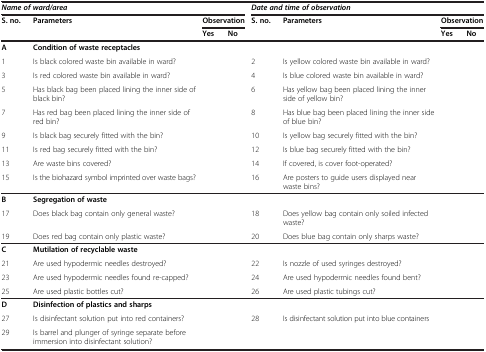
<table><thead><tr><td colspan="4"><b><i>Name of ward/area</i></b></td><td colspan="4"><b><i>Date and time of observation</i></b></td></tr><tr><td rowspan="2"><b>S. no.</b></td><td rowspan="2"><b>Parameters</b></td><td colspan="2"><b>Observation</b></td><td rowspan="2"><b>S. no.</b></td><td rowspan="2"><b>Parameters</b></td><td colspan="2"><b>Observation</b></td></tr><tr><td><b>Yes</b></td><td><b>No</b></td><td><b>Yes</b></td><td><b>No</b></td></tr></thead><tbody><tr><td><b>A</b></td><td><b>Condition of waste receptacles</b></td><td> </td><td> </td><td> </td><td> </td><td> </td><td> </td></tr><tr><td>1</td><td>Is black colored waste bin available in ward?</td><td> </td><td> </td><td>2</td><td>Is yellow colored waste bin available in ward?</td><td> </td><td> </td></tr><tr><td>3</td><td>Is red colored waste bin available in ward?</td><td> </td><td> </td><td>4</td><td>Is blue colored waste bin available in ward?</td><td> </td><td> </td></tr><tr><td>5</td><td>Has black bag been placed lining the inner side of black bin?</td><td> </td><td> </td><td>6</td><td>Has yellow bag been placed lining the inner side of yellow bin?</td><td> </td><td> </td></tr><tr><td>7</td><td>Has red bag been placed lining the inner side of red bin?</td><td> </td><td> </td><td>8</td><td>Has blue bag been placed lining the inner side of blue bin?</td><td> </td><td> </td></tr><tr><td>9</td><td>Is black bag securely fitted with the bin?</td><td> </td><td> </td><td>10</td><td>Is yellow bag securely fitted with the bin?</td><td> </td><td> </td></tr><tr><td>11</td><td>Is red bag securely fitted with the bin?</td><td> </td><td> </td><td>12</td><td>Is blue bag securely fitted with the bin?</td><td> </td><td> </td></tr><tr><td>13</td><td>Are waste bins covered?</td><td> </td><td> </td><td>14</td><td>If covered, is cover foot-operated?</td><td> </td><td> </td></tr><tr><td>15</td><td>Is the biohazard symbol imprinted over waste bags?</td><td> </td><td> </td><td>16</td><td>Are posters to guide users displayed near waste bins?</td><td> </td><td> </td></tr><tr><td><b>B</b></td><td><b>Segregation of waste</b></td><td> </td><td> </td><td> </td><td> </td><td> </td><td> </td></tr><tr><td>17</td><td>Does black bag contain only general waste?</td><td> </td><td> </td><td>18</td><td>Does yellow bag contain only soiled infected waste?</td><td> </td><td> </td></tr><tr><td>19</td><td>Does red bag contain only plastic waste?</td><td> </td><td> </td><td>20</td><td>Does blue bag contain only sharps waste?</td><td> </td><td> </td></tr><tr><td><b>C</b></td><td><b>Mutilation of recyclable waste</b></td><td> </td><td> </td><td> </td><td> </td><td> </td><td> </td></tr><tr><td>21</td><td>Are used hypodermic needles destroyed?</td><td> </td><td> </td><td>22</td><td>Is nozzle of used syringes destroyed?</td><td> </td><td> </td></tr><tr><td>23</td><td>Are used hypodermic needles found re-capped?</td><td> </td><td> </td><td>24</td><td>Are used hypodermic needles found bent?</td><td> </td><td> </td></tr><tr><td>25</td><td>Are used plastic bottles cut?</td><td> </td><td> </td><td>26</td><td>Are used plastic tubings cut?</td><td> </td><td> </td></tr><tr><td><b>D</b></td><td><b>Disinfection of plastics and sharps</b></td><td> </td><td> </td><td> </td><td> </td><td> </td><td> </td></tr><tr><td>27</td><td>Is disinfectant solution put into red containers?</td><td> </td><td> </td><td>28</td><td>Is disinfectant solution put into blue containers</td><td> </td><td> </td></tr><tr><td>29</td><td>Is barrel and plunger of syringe separate before immersion into disinfectant solution?</td><td> </td><td> </td><td> </td><td> </td><td> </td><td> </td></tr></tbody></table>